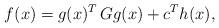
LaTeX: \begin{align*}f(x)=g(x)^T\,Gg(x) + c^T h(x),\end{align*}